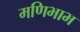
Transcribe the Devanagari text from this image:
मणिभाभ